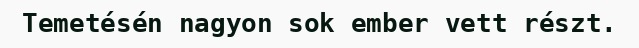
Temetésén nagyon sok ember vett részt.